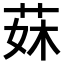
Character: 𦰕